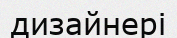
дизайнері